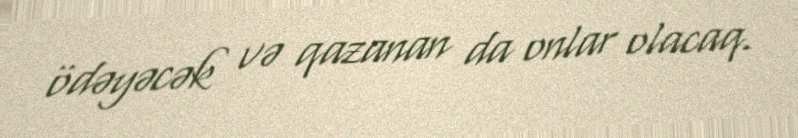
ödəyəcək və qazanan da onlar olacaq.